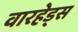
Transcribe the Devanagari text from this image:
वारहेड्स